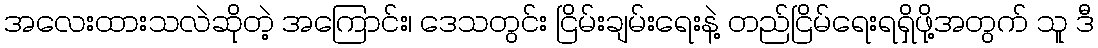
အလေးထားသလဲဆိုတဲ့ အကြောင်း၊ ဒေသတွင်း ငြိမ်းချမ်းရေးနဲ့ တည်ငြိမ်ရေးရရှိဖို့အတွက် သူ ဒီ